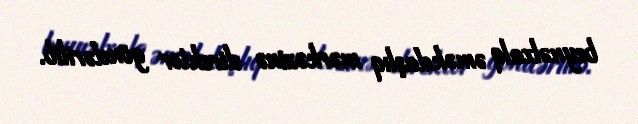
beynəlxalq əməkdaşlıq mərkəzinə direktor göndərilib.